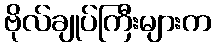
ဗိုလ်ချုပ်ကြီးများက